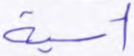
أسية